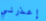
إعذرني